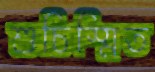
শুচিস্মিত